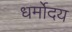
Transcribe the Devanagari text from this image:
धर्मोदय